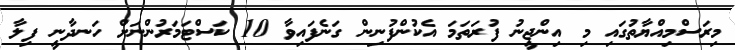
މިރަސްމިއްޔާތުގައި މި އިންޖީނު ފުރަތަމަ އެކުންފުނިން ގަނެފައިވާ 10 ކަސްޓަމަރުންނަށް ހަނދާނީ ފިލާ